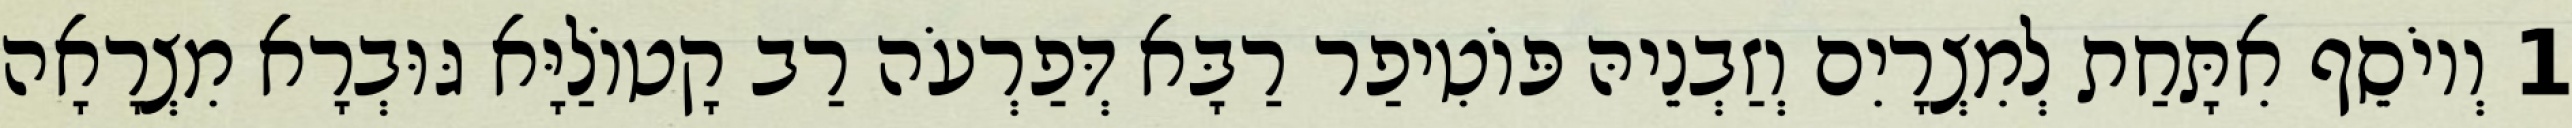
1 וְיוֹסֵף אִתָּחַת לְמִצְרָיִם וְזַבְנֵיהּ פּוֹטִיפַר רַבָּא דְּפַרְעֹה רַב קָטוֹלַיָּא גּוּבְרָא מִצְרָאָה